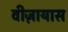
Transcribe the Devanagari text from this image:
वीज़ायास